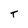
Character: T